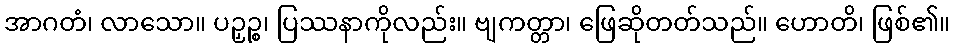
အာဂတံ၊ လာသော။ ပဉှဉ္စ၊ ပြဿနာကိုလည်း။ ဗျကတ္တာ၊ ဖြေဆိုတတ်သည်။ ဟောတိ၊ ဖြစ်၏။